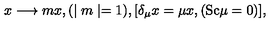
x \longrightarrow m x , ( \mid m \mid = 1 ) , [ \delta _ { \mu } x = \mu x , ( \mathrm { S c } \mu = 0 ) ] ,